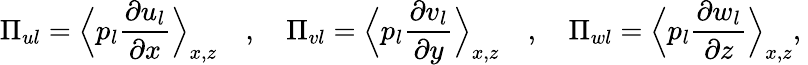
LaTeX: \Pi_{ul}=\Bigl\langle p_{l}\frac{\partial u_{l}}{\partial x}\Bigr\rangle_{x,z}\quad,\quad\Pi_{vl}=\Bigl\langle p_{l}\frac{\partial v_{l}}{\partial y}\Bigr\rangle_{x,z}\quad,\quad\Pi_{wl}=\Bigl\langle p_{l}\frac{\partial w_{l}}{\partial z}\Bigr\rangle_{x,z},\: